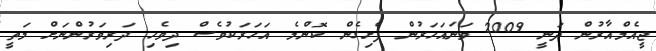
ޖީއެމްއާރުން ދަނީ 2009 ވަނައަހަރުން ފެށިގެން ކޮންމެ އަހަރަކުވެސް ދިވެހި ދަރިވަރުންނަށް މަތީ